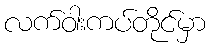
လက်ဝါးကပ်တိုင်မှာ